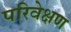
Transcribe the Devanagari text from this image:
परिवेक्षण